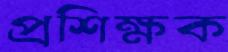
প্রশিক্ষক